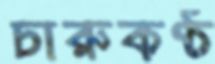
চারুকণ্ঠ